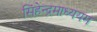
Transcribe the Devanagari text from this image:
सिंहेन्द्रमाध्ययम